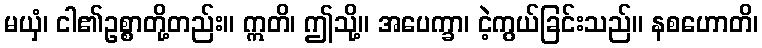
မယှံ၊ ငါ၏ဥစ္စာတို့တည်း။ ဣတိ၊ ဤသို့။ အပေက္ခာ၊ ငဲ့ကွယ်ခြင်းသည်။ နစဟောတိ၊